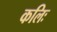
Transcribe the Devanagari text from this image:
कलिः